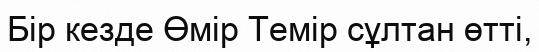
Бір кезде Өмір Темір сұлтан өтті,